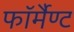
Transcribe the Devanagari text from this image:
फॉर्मैण्ट